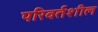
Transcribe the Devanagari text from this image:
परिवर्तशील